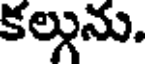
కల్గును,